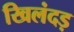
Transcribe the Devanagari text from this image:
खिलंदड़